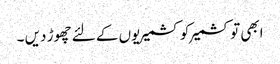
ابھی تو کشمیر کو کشمیریوں کے لئے چھوڑ دیں ۔